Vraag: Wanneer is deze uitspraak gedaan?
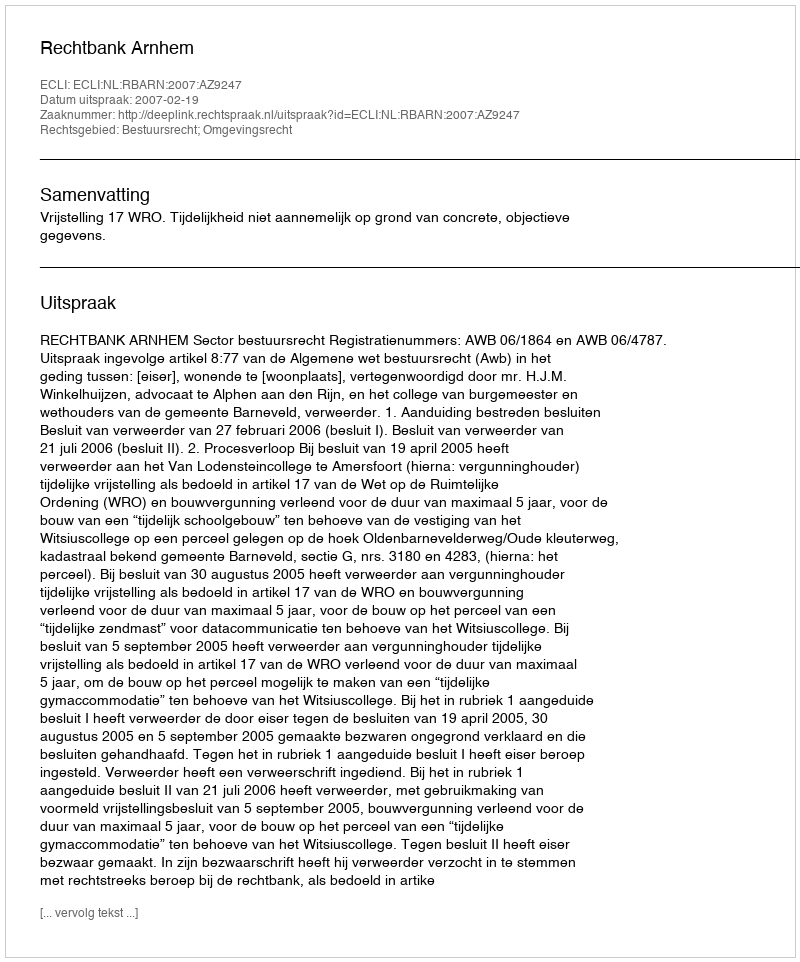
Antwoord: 2007-02-19